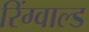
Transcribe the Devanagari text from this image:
रिंग्वाल्ड